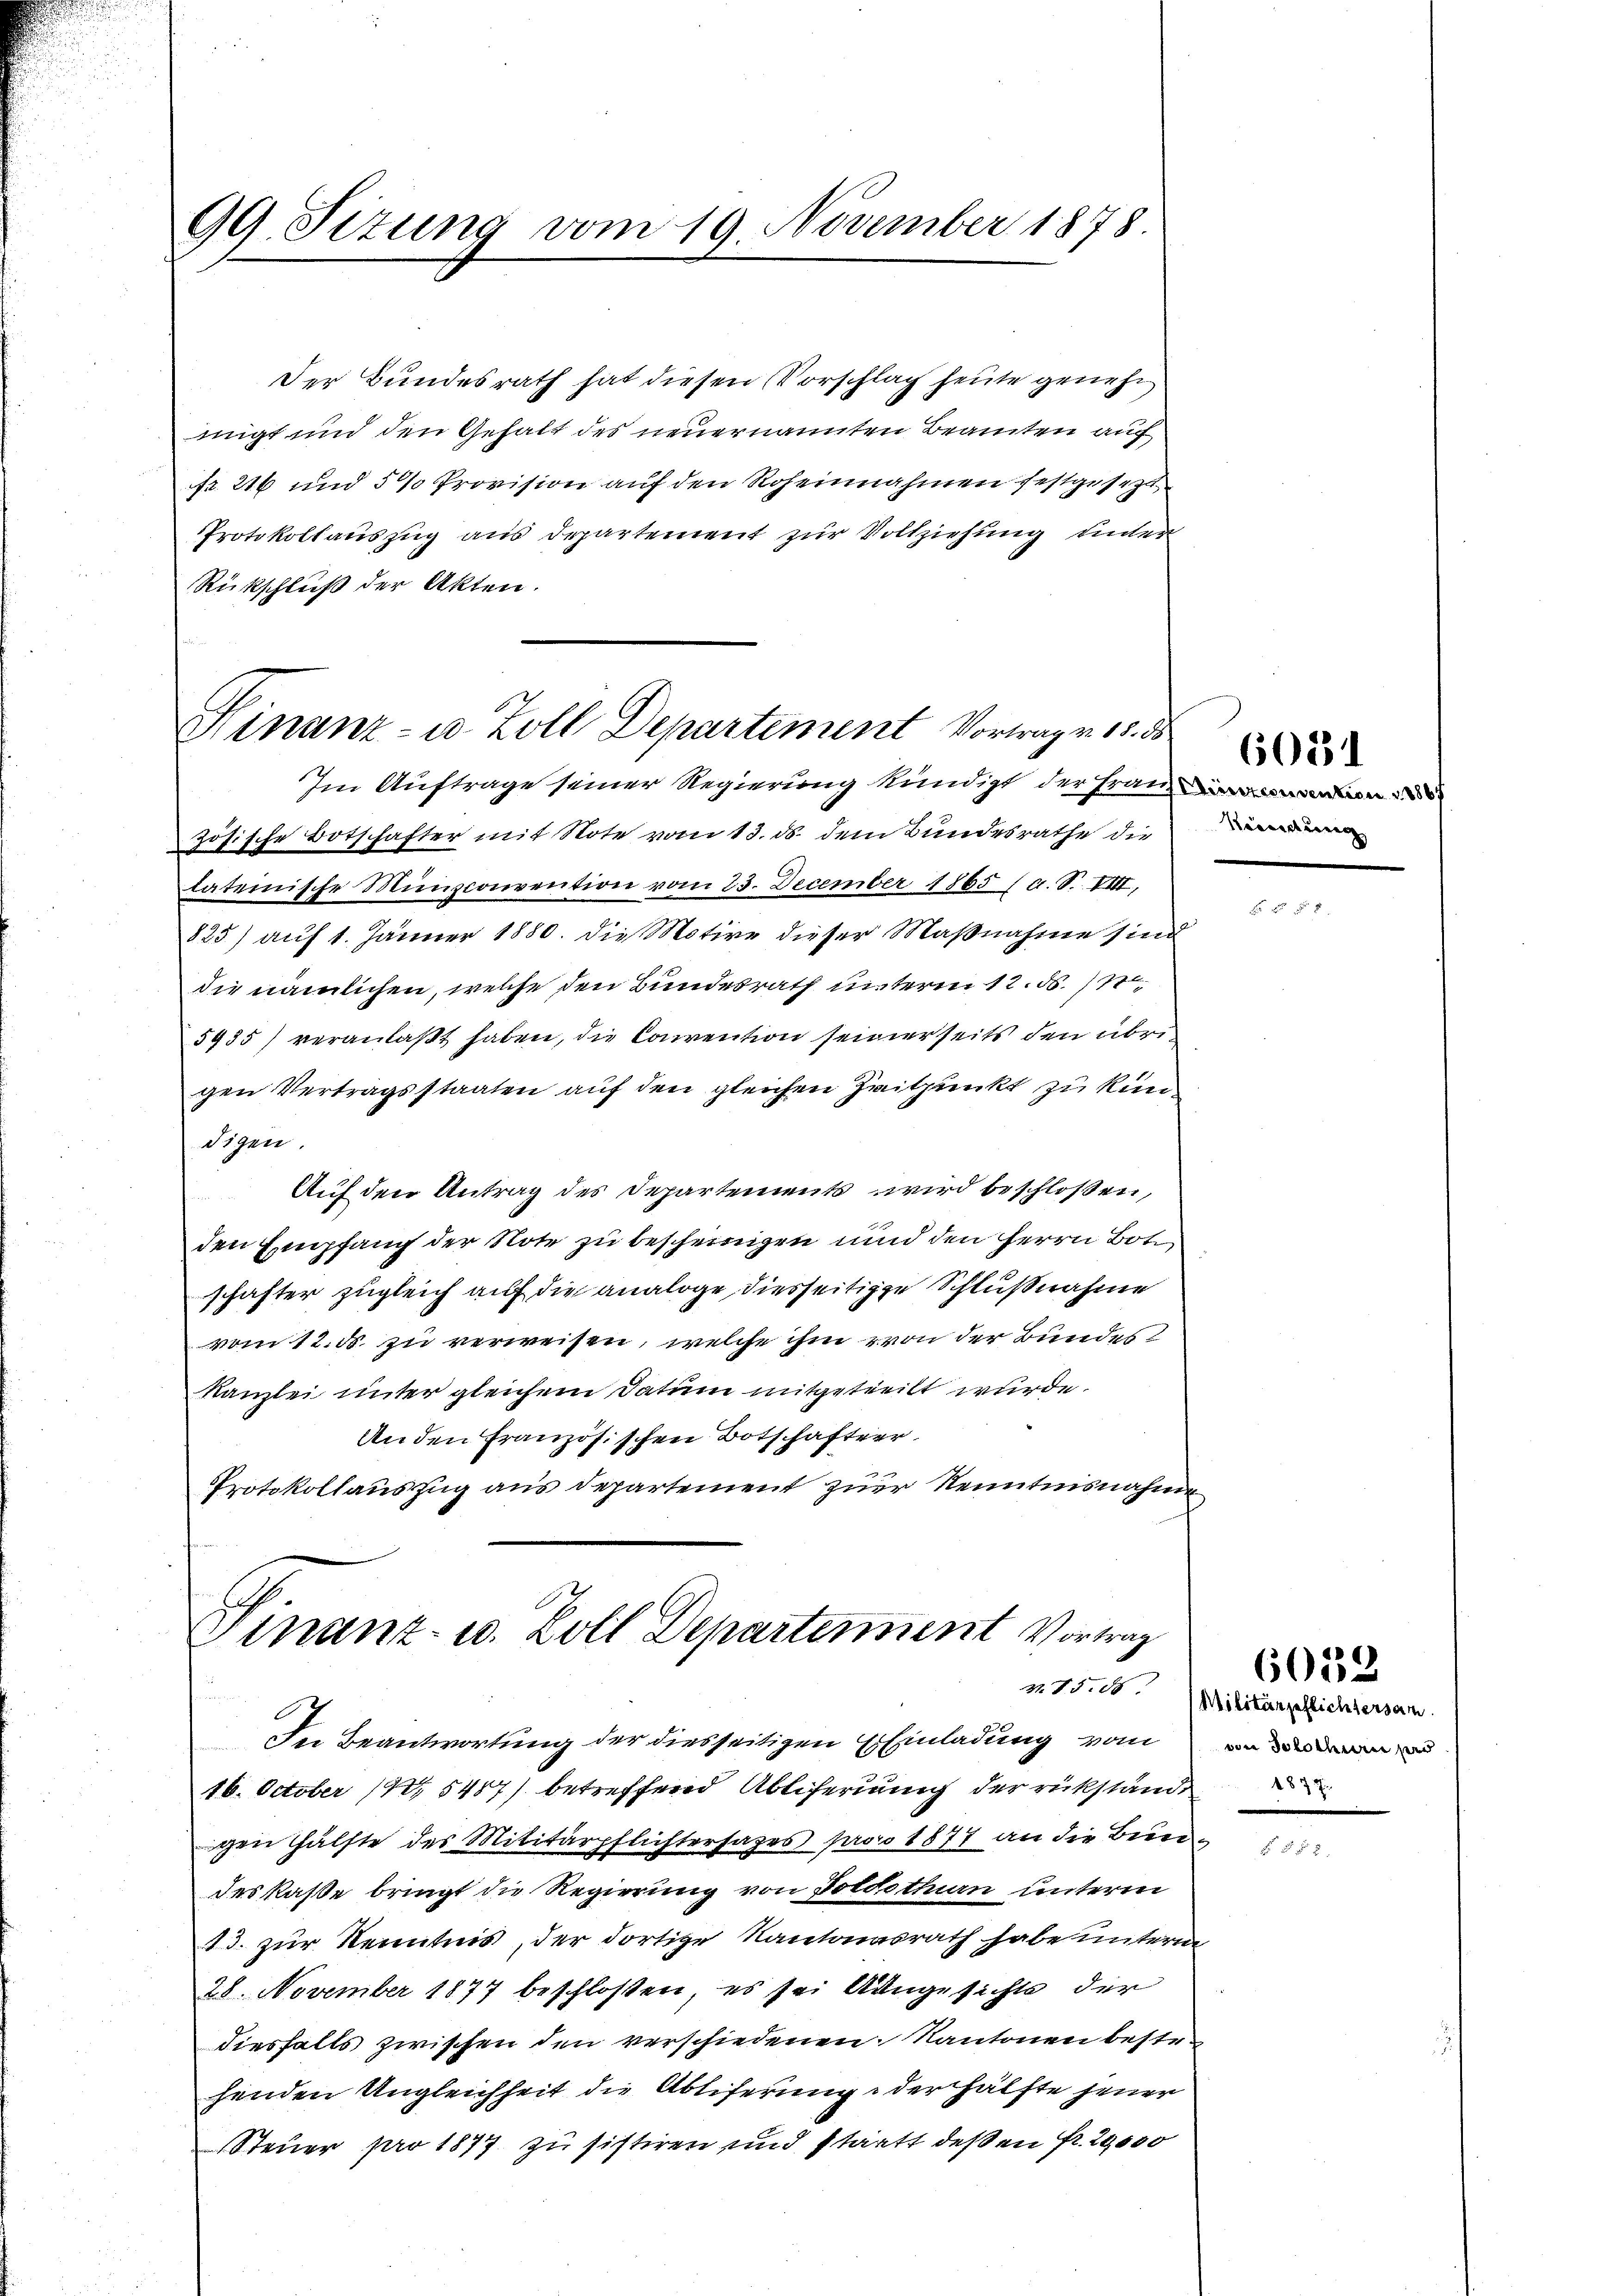
99. Sitzung vom 19. November 1878.

Der Bundesrath hat diesen Vorschlag heute genehmigt und den Gehalt des neuernannten Beamten auf
fr. 216 und 5 % Provision auf den Roheinahmen festgesezt
Protokollauszug aus Departement zur Vollziehung unter
Rückschluß der Akten.

Finanz- u. Zoll Departement Vortrag v. 15. ds

Sinanz- u. Zoll Departement Vortrag

Im Auftrage seiner Regierung kündigt der Franz
zösische Botschafter mit Note vom 13. ds. dem Bundesrathe die
laterische Münconvention vom 23. December 1865 (a. S. VIII,
825) auf 1. Jänner 1880. die Motive dieser Maßnahme sind
die nämlichen, welche den Bundesrath unterm 12. d. 1,
5935) veranlaßt haben, die Convention seinerseits den übrigen Vertragsstaaten auf den gleichen Zeitpunkt zu kündigen.
Auf den Antrag des Departements wird beschloßen,
den Empfang der Note zu bescheinigen und den Herrn Bot
schafter zugleich auf die analoge, diesseitige Schlußnahme
vom 12. ds. zu verweisen, welche ihm von der Bundes
Kanzlei unter gleichem Datum mitgeteilt wurde.
An den Französischen Botschafter.
Protokollauszug aus departement zur Kenntnisnahme

deskaße bringt die Regierung von Poldothurn unterm
13. zur Kenntnis, der dortige Kantonsrath habe unterm
28. November 1877 beschlossen, es sei Aungesichte der
diesfalls zwischen den verschiedenen Kantonen besten
henden Ungleichheit die Abliferung der hälfte jener
Steuer pro 1877 zu sistiren und statt deßen Fr. 29,000

In Beantwortung der diesseitigen Einladung vom er n
16. October 184. 5487) betreffend Abliferung der rükständgen Hälfte des Militärpflichtersages pro 1877 an die Bun¬

Kasersterren |

6054

n 15. Militärgeflichtersam.
1877.

6059